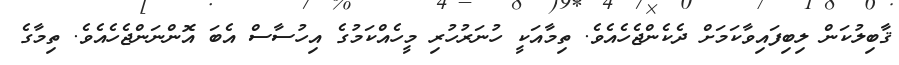
ޤާބިލުކަން ލިބިފައިވާކަމަށް ދެކެންޖެހެއެވެ. ތިމާއަކީ ހުނަރުހުރި މީހެއްކަމުގެ އިހުސާސް އެބަ އޮންނަންޖެހެއެވެ. ތިމާގެ